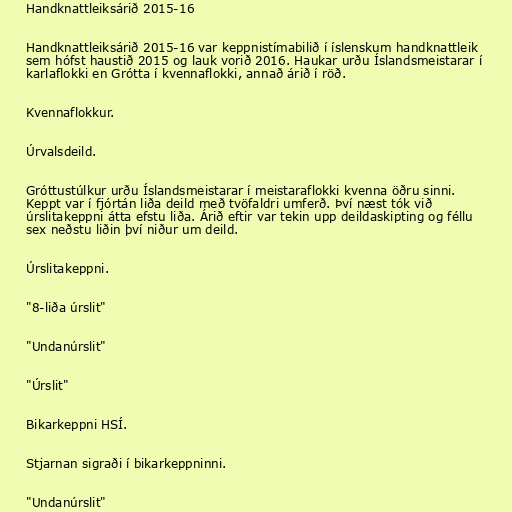
Handknattleiksárið 2015-16

Handknattleiksárið 2015-16 var keppnistímabilið í íslenskum handknattleik
sem hófst haustið 2015 og lauk vorið 2016. Haukar urðu Íslandsmeistarar í
karlaflokki en Grótta í kvennaflokki, annað árið í röð.

Kvennaflokkur.

Úrvalsdeild.

Gróttustúlkur urðu Íslandsmeistarar í meistaraflokki kvenna öðru sinni.
Keppt var í fjórtán liða deild með tvöfaldri umferð. Því næst tók við
úrslitakeppni átta efstu liða. Árið eftir var tekin upp deildaskipting og féllu
sex neðstu liðin því niður um deild.

Úrslitakeppni.

"8-liða úrslit"

"Undanúrslit"

"Úrslit"

Bikarkeppni HSÍ.

Stjarnan sigraði í bikarkeppninni.

"Undanúrslit"